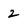
Character: 2